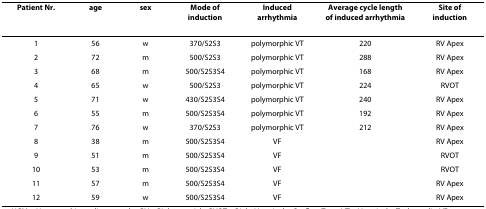
<table><thead><tr><td><b>Patient Nr.</b></td><td><b>age</b></td><td><b>sex</b></td><td><b>Mode of induction</b></td><td><b>Induced arrhythmia</b></td><td><b>Average cycle length of induced arrhythmia</b></td><td><b>Site of induction</b></td></tr></thead><tbody><tr><td>1</td><td>56</td><td>w</td><td>370/S2S3</td><td>polymorphic VT</td><td>220</td><td>RV Apex</td></tr><tr><td>2</td><td>72</td><td>m</td><td>500/S2S3</td><td>polymorphic VT</td><td>288</td><td>RV Apex</td></tr><tr><td>3</td><td>68</td><td>m</td><td>500/S2S3S4</td><td>polymorphic VT</td><td>168</td><td>RV Apex</td></tr><tr><td>4</td><td>65</td><td>w</td><td>500/S2S3</td><td>polymorphic VT</td><td>224</td><td>RVOT</td></tr><tr><td>5</td><td>71</td><td>w</td><td>430/S2S3S4</td><td>polymorphic VT</td><td>240</td><td>RV Apex</td></tr><tr><td>6</td><td>55</td><td>m</td><td>500/S2S3S4</td><td>polymorphic VT</td><td>192</td><td>RV Apex</td></tr><tr><td>7</td><td>76</td><td>w</td><td>370/S2S3</td><td>polymorphic VT</td><td>212</td><td>RV Apex</td></tr><tr><td>8</td><td>38</td><td>m</td><td>500/S2S3S4</td><td>VF</td><td></td><td>RV Apex</td></tr><tr><td>9</td><td>51</td><td>m</td><td>500/S2S3S4</td><td>VF</td><td></td><td>RVOT</td></tr><tr><td>10</td><td>53</td><td>m</td><td>500/S2S3S4</td><td>VF</td><td></td><td>RVOT</td></tr><tr><td>11</td><td>57</td><td>m</td><td>500/S2S3S4</td><td>VF</td><td></td><td>RV Apex</td></tr><tr><td>12</td><td>59</td><td>w</td><td>500/S2S3S4</td><td>VF</td><td></td><td>RV Apex</td></tr></tbody></table>